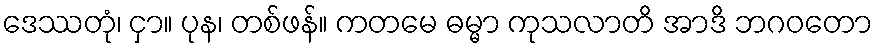
ဒေဿတုံ၊ ငှာ။ ပုန၊ တစ်ဖန်။ ကတမေ ဓမ္မာ ကုသလာတိ အာဒိ ဘဂဝတော